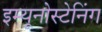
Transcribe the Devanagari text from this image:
इम्यूनोस्टेनिंग